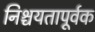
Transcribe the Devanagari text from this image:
निश्चयतापूर्वक